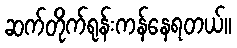
ဆက်တိုက်ရုန်းကန်နေရတယ်။